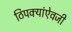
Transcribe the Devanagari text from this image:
ठिपक्यांऐवजी